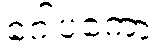
ဂေါပကော